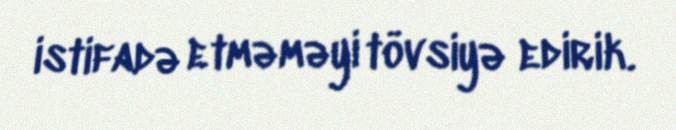
istifadə etməməyi tövsiyə edirik.